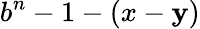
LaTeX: b^{n}-1-(x-\mathbf{y})